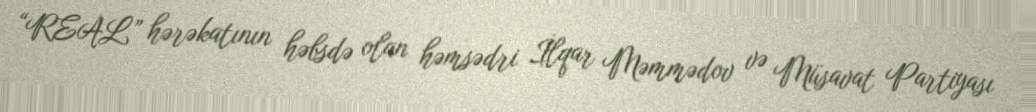
“REAL” hərəkatının həbsdə olan həmsədri İlqar Məmmədov və Müsavat Partiyası